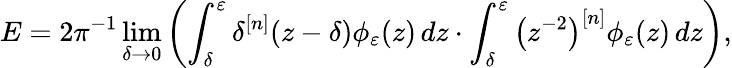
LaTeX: E=2\pi^{-1}\operatorname*{lim}_{\delta\to 0}\left(\int_{\delta}^{\varepsilon}\delta^{[n]}(z-\delta)\phi_{\varepsilon}(z)\mathop{}\! {d{z}}\cdot\int_{\delta}^{\varepsilon}\left(z^{-2}\right)^{[n]}\phi_{\varepsilon}(z)\mathop{}\! {d{z}}\right),